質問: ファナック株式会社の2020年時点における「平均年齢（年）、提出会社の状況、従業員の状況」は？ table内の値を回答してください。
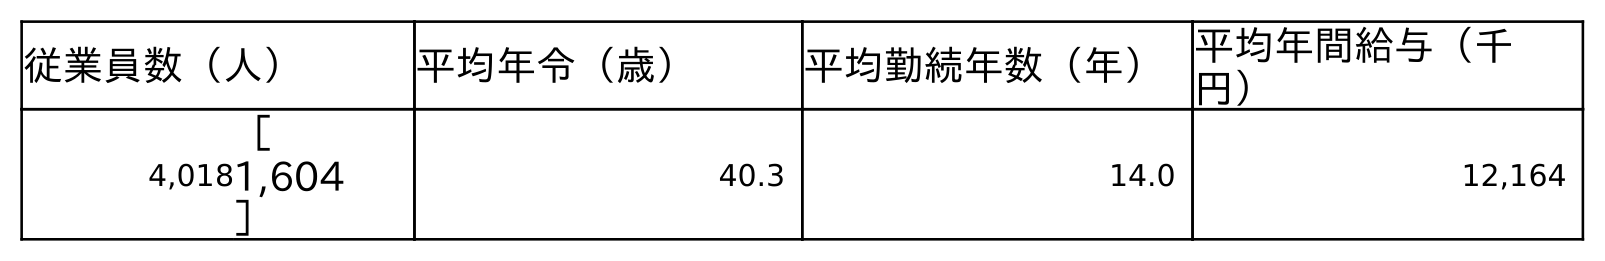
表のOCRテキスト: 従業員数（人） 平均年令（歳） 平均勤続年数（年）平均年間給与（千 円） 4,018 ［ 1,604 ］ 40.3 14.0 12,164
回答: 40.3